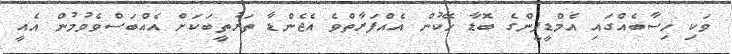
ވަކި ހިސާބެއްގައި އެމްޑީޕީންގެ ބޮޑާ ހޭކުން އެއްފަރާތްވެ އެޖެންޑާ ތަރުތީބަކަށް އެއްބަސްވެވުމުން އެއީ